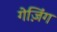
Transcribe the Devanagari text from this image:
गेज़िंग